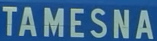
TAMESNA